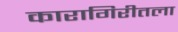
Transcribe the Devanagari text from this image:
कारागिरीतला